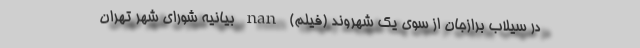
در سيلاب برازجان از سوی يك شهروند (فیلم) nan بیانیه شورای شهر تهران